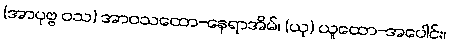
(အာပုဗ္ဗ ဝသ) အာဝသထော-နေရာအိမ်၊ (ယု) ယူထော-အပေါင်း၊